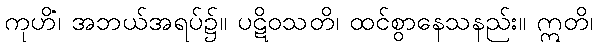
ကုဟိံ၊ အဘယ်အရပ်၌။ ပဋိဝသတိ၊ ထင်စွာနေသနည်း။ ဣတိ၊